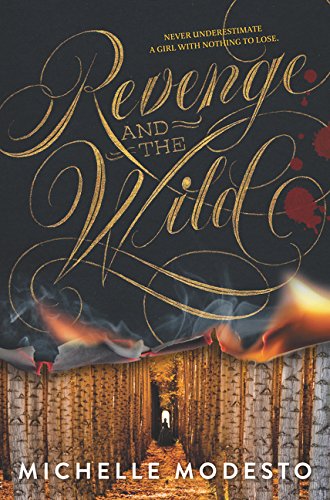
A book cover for Revenge and the Wild; Michelle Modesto; Teen & Young Adult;